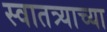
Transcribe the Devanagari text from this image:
स्वातत्र्याच्या